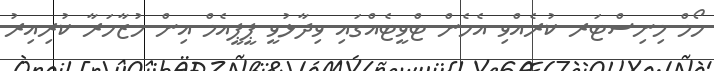
ހޯމް މިނިސްޓަރ ކުރެއްވި އެހެން ޓްވީޓެއްގައި ވިދާޅުވީ ޕީޕީއެމް އިން މުޒާހަރާ ކުރިއިރު